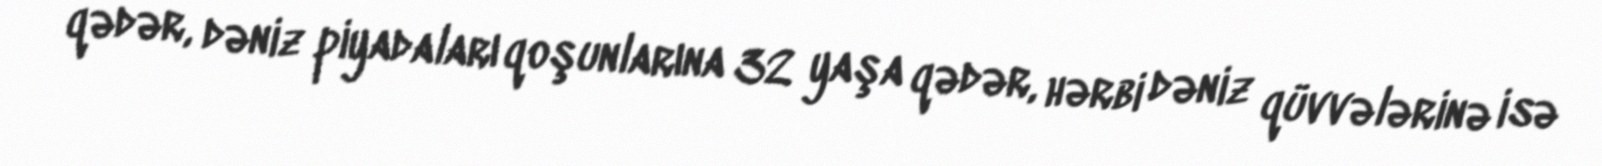
qədər, dəniz piyadaları qoşunlarına 32 yaşa qədər, hərbi dəniz qüvvələrinə isə